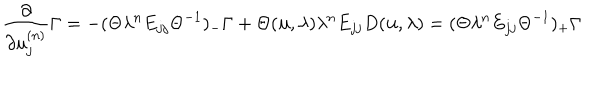
LaTeX: \frac { \partial } { \partial u _ { j } ^ { ( n ) } } \Gamma = - ( \Theta \lambda ^ { n } E _ { j j } { \Theta } ^ { - 1 } ) _ { - } \Gamma + \Theta ( { \bf u } , \lambda ) \lambda ^ { n } E _ { j j } D ( { \bf u } , \lambda ) = ( \Theta \lambda ^ { n } E _ { j j } { \Theta } ^ { - 1 } ) _ { + } \Gamma